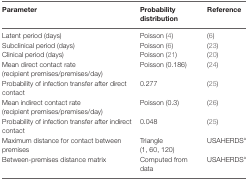
| Parameter | Probability distribution | Reference |
 | --- | --- | --- |
 | Latent period (days) | Poisson (4) | (6) |
 | Subclinical period (days) | Poisson (6) | (23) |
 | Clinical period (days) | Poisson (21) | (20) |
 | Mean direct contact rate (recipient premises/premises/day) | Poisson (0.186) | (24) |
 | Probability of infection transfer after direct contact | 0.277 | (25) |
 | Mean indirect contact rate (recipient premises/premises/day) | Poisson (0.3) | (26) |
 | Probability of infection transfer after indirect contact | 0.048 | (25) |
 | Maximum distance for contact between premises | Triangle (1, 60, 120) | USAHERDSa |
 | Between-premises distance matrix | Computed from data | USAHERDSa |